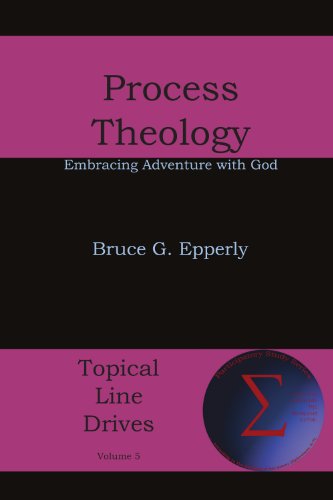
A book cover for Process Theology: Embracing Adventure with God; Bruce G. Epperly; Christian Books & Bibles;